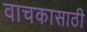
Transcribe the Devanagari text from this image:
वाचकासाठी